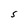
Character: S